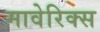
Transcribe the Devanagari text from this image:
मावेरिक्स